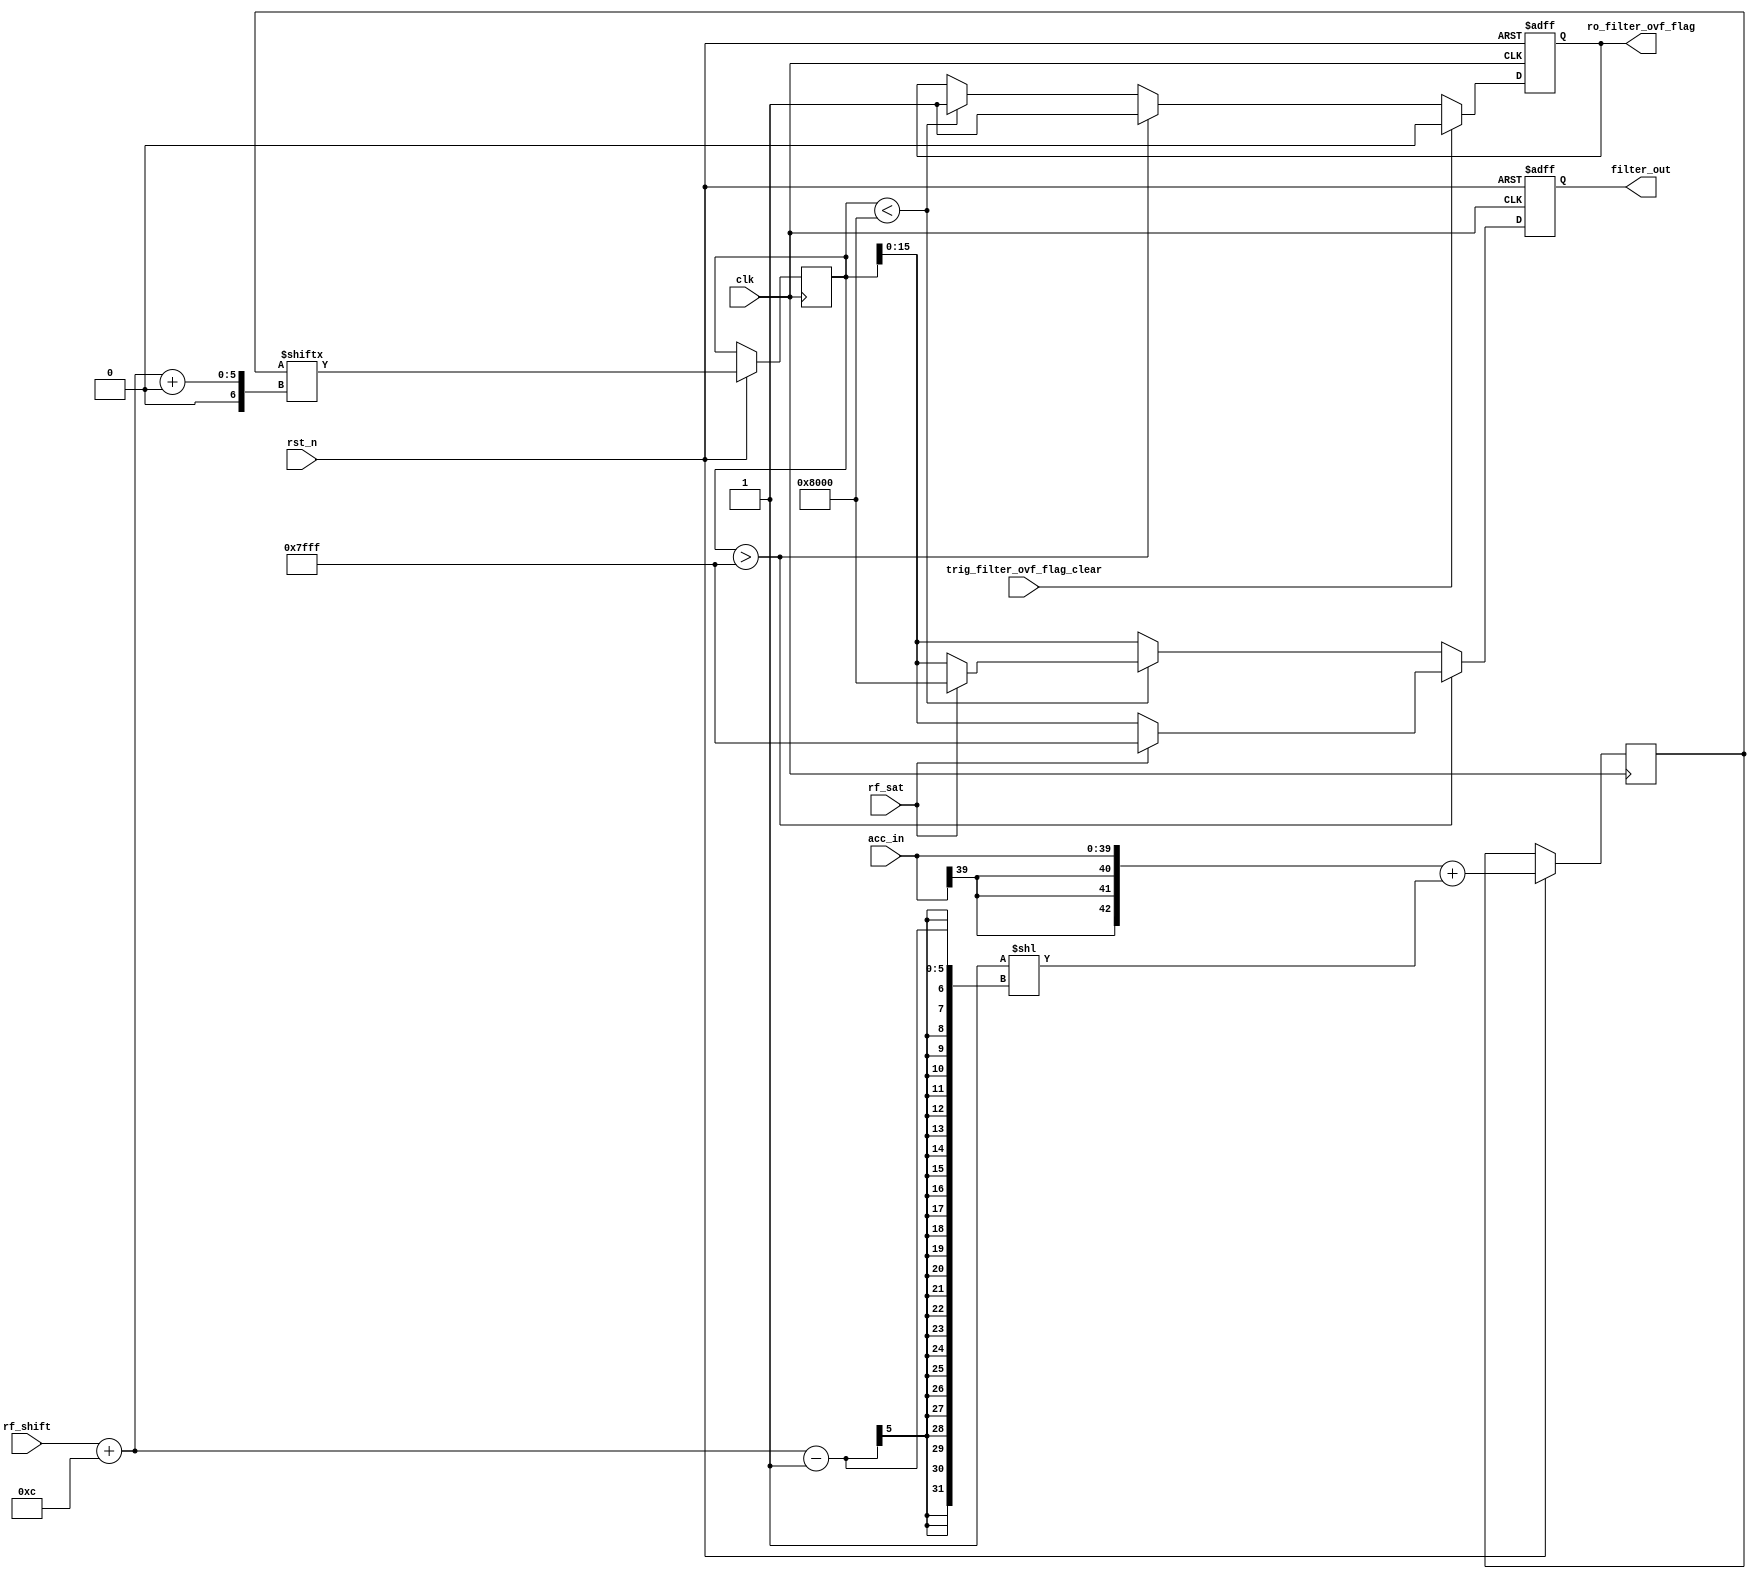
//////////////////////////////////////////////////////////////////////////////////
// Module Name:             filter_round_truncate.v
// Last Modification:       4/1/2016
// Description:             ????
//////////////////////////////////////////////////////////////////////////////////

`timescale 1ns / 1ps

// ext_acc_in, acc_r should be 43 bits, not 47 bits
// Reasoning:
//      12-19 bits lopped off during shift
//      16 bits to keep
//      8 bits of integer overflow, used for clipping
//  MAX needed is 8 + 16 + 19 bits
//
//  After rounding, keep 24 bits
//  acc_t should be 24 bits, not 28 bits

module filter_round_truncate(clk, rst_n, acc_in, rf_sat, rf_shift, trig_filter_ovf_flag_clear, filter_out, ro_filter_ovf_flag
    );
    
    // MODULE CONNECTIONS
    //---------------------------------------------------------------------------  
    //---------------------------------------------------------------------------  
    input                                   clk; 
    input                                   rst_n;
    input               [39:0]              acc_in; 
    input                                   rf_sat;
    input               [2:0]               rf_shift;
    input                                   trig_filter_ovf_flag_clear;
    output reg          [15:0]              filter_out;
    output reg                              ro_filter_ovf_flag; 
    reg signed          [42:0]              acc_r;
    //---------------------------------------------------------------------------  
    //---------------------------------------------------------------------------      
    
    reg signed          [23:0]              acc_t;
    wire                [4:0]               num_shift;
    wire                                    sign_bit; 
    wire                [42:0]              ext_acc_in;
    
    
    assign num_shift = rf_shift + 12; 
    assign sign_bit = acc_in[39];
    assign ext_acc_in = {{3{sign_bit}}, acc_in};

    always@(posedge clk or negedge rst_n)
    begin 
        if(!rst_n)
        begin
            filter_out <= 1'b0; 
            ro_filter_ovf_flag <= 1'b0;
        end
        
        else
        begin
            acc_r <= ext_acc_in + (1<<(num_shift-1));            
            acc_t <= acc_r[num_shift+:24];

            // when num_shift is 12 == acc_t[35:12]
            // when num_shift is 19 == acc_t[42:19]
				
            if (acc_t > (1<<15)-1)
            begin 
                ro_filter_ovf_flag <= 1; 
                if (rf_sat)
						  filter_out <= (1<<15)-1;
                else
                    filter_out <= acc_t[15:0];
            end
                
            else if (acc_t < -(1<<15)) 
            begin
                ro_filter_ovf_flag <= 1; 
                if (rf_sat) 
					     filter_out <= -(1<<15);
                else
                    filter_out <= acc_t[15:0];
            end
				
            else 
                filter_out <= acc_t[15:0];

            if (trig_filter_ovf_flag_clear)
                ro_filter_ovf_flag <= 1'b0; 
        end		
    end

endmodule